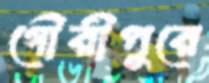
গৌরীপুরে